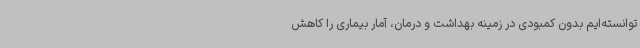
توانسته‌ایم بدون کمبودی در زمینه بهداشت و درمان، آمار بیماری را کاهش